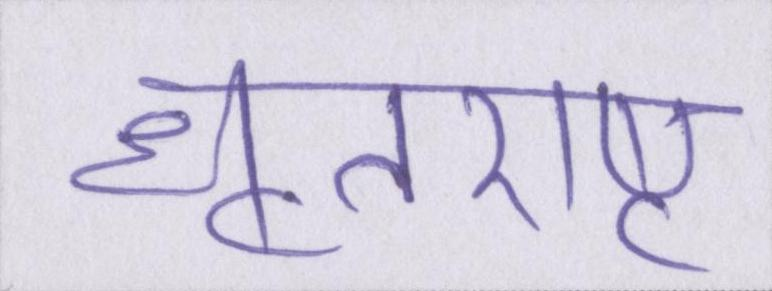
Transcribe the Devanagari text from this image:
धॄतराष्ट्र